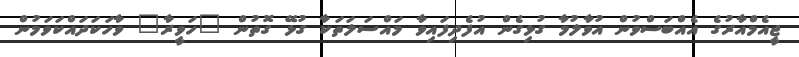
ޖީއެމްއާރުގެ އެއްބަސްވުން އުވާލުމާ ގުޅިގެން އުފެދިފައިވާ މައްސަލަތަކާ ގުޅޭ ގޮތުން "ހަވީރާ" ވާހަކަދައްކަވަމުން